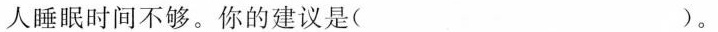
人睡眠时间不够。你的建议是( )。